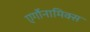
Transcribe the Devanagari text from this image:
एर्गोनामिक्स